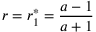
r = r _ { 1 } ^ { * } = \frac { a - 1 } { a + 1 }